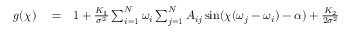
\begin{array} { r l r } { g ( \chi ) } & { { } = } & { 1 + \frac { K _ { 1 } } { \sigma ^ { 2 } } \sum _ { i = 1 } ^ { N } \omega _ { i } \sum _ { j = 1 } ^ { N } A _ { i j } \sin ( \chi ( \omega _ { j } - \omega _ { i } ) - \alpha ) + \frac { K _ { 2 } } { 2 \sigma ^ { 2 } } } \end{array}